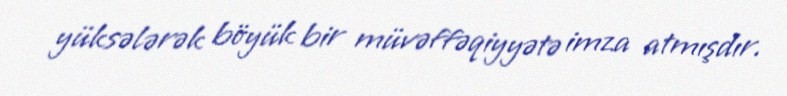
yüksələrək böyük bir müvəffəqiyyətə imza atmışdır.